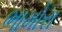
ભામોરા